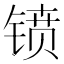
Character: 𫔁